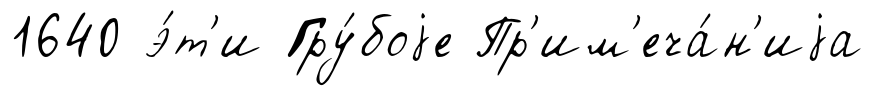
1640 э́т'и Гру́боjе Пр'им'еча́н'иjа